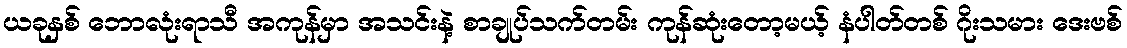
ယခုနှစ် ဘောလုံးရာသီ အကုန်မှာ အသင်းနဲ့ စာချုပ်သက်တမ်း ကုန်ဆုံးတော့မယ့် နံပါတ်တစ် ဂိုးသမား ဒေးဗစ်